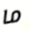
ما